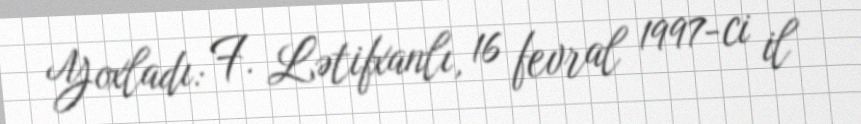
Yoxladı: F. Lətifxanlı, 16 fevral 1997-ci il